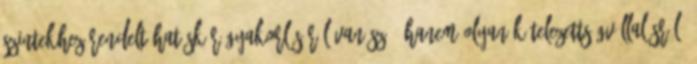
szintekhez rendelt hatáskör gyakorlásáról van szó, hanem olyan kötelezettségvállalásról,